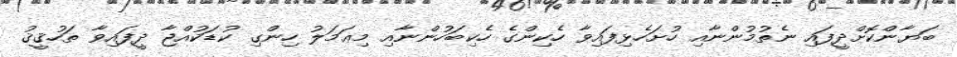
ބަޔާންކޮށްދީފައި ނެތުމުންނާއި ހުށަހެޅިފައިވާ ހެކިންގެ ހެކިބަހުންނާއި މިޢަމަލު ހިންގި ކުޑަކުއްޖާ ދީފައިވާ ތަހުޤީޤު